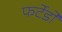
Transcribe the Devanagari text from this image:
फर्टेडो